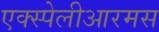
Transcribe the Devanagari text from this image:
एक्स्पेलीआरमस